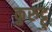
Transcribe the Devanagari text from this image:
कुरुट्टु